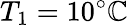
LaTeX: T_{1}=10^{\circ}\mathbb{C}